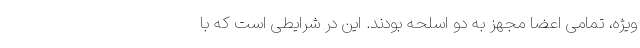
ویژه، تمامی اعضا مجهز به دو اسلحه بودند. این در شرایطی است که با